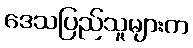
ဒေသပြည်သူများက